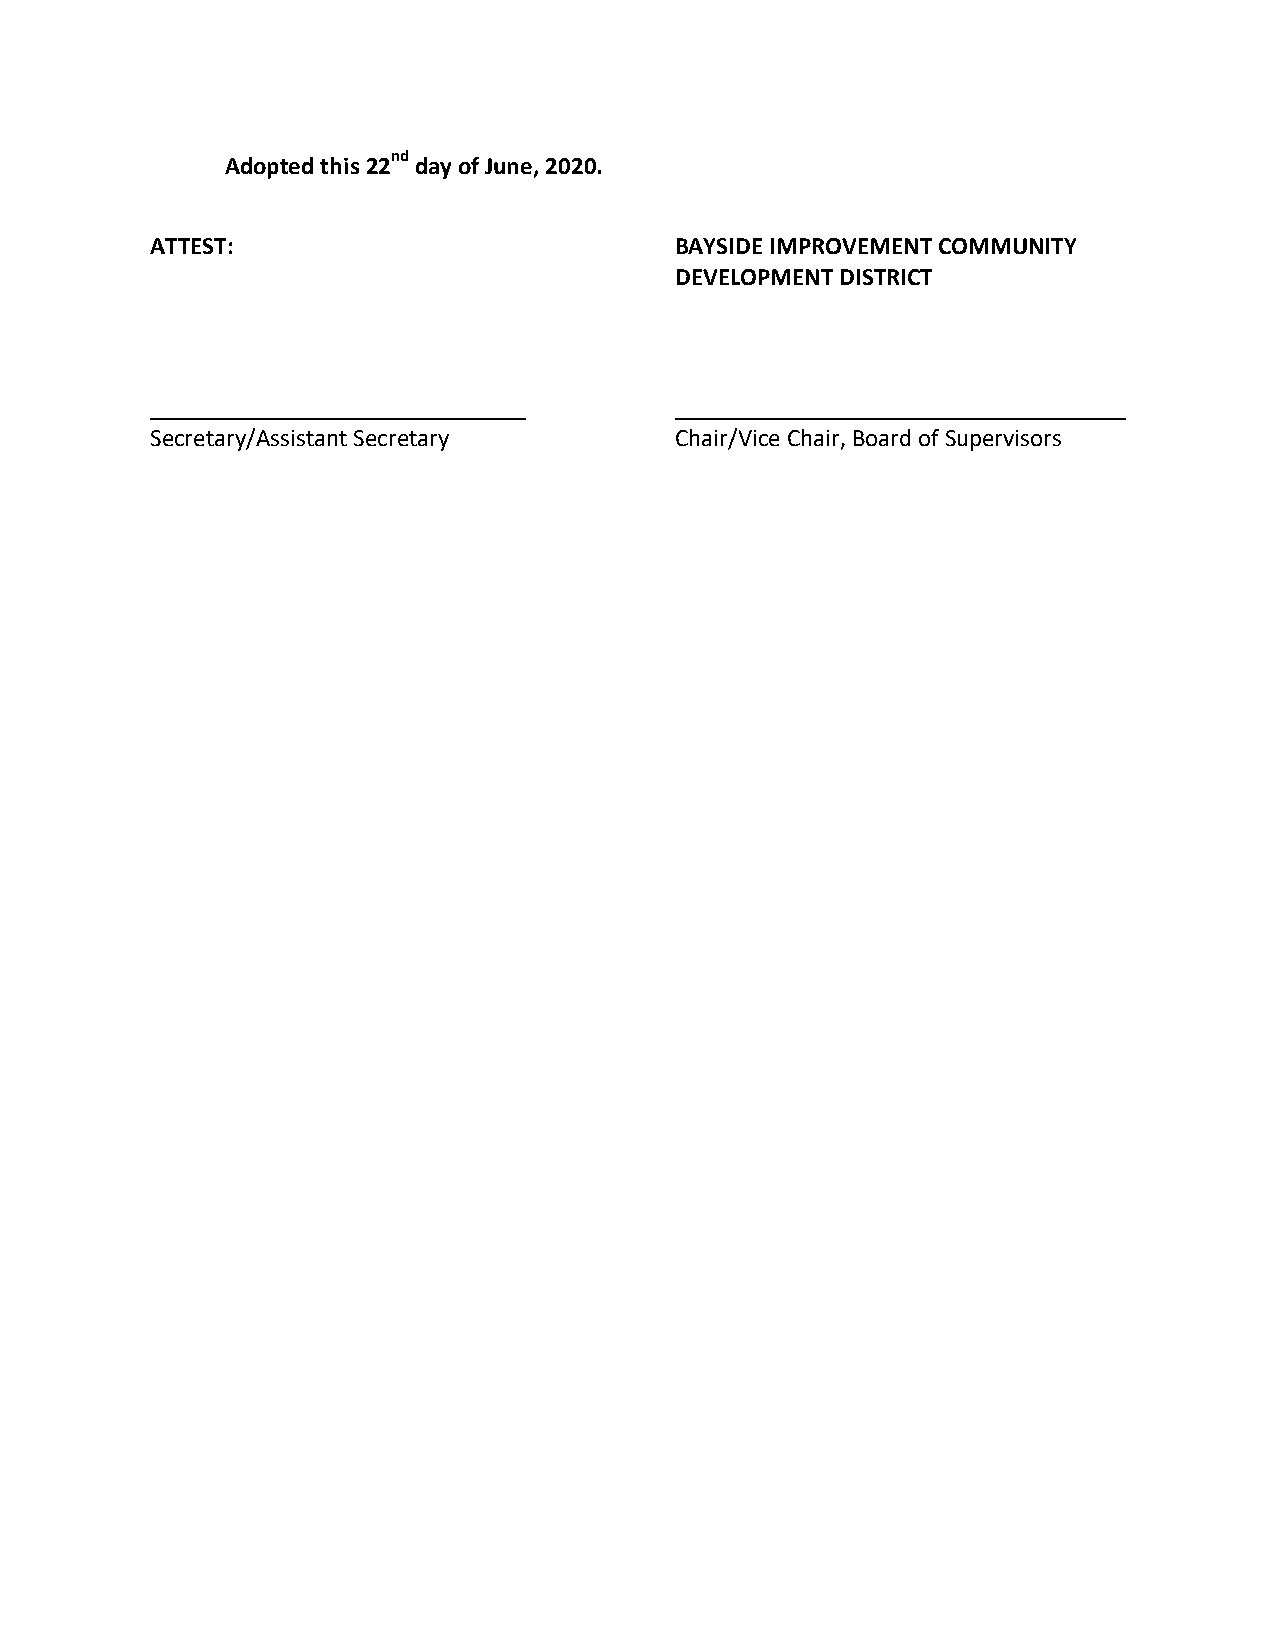
nd
 Adopted this 22 day of June, 2020.
 ATTEST:                            BAYSIDE IMPROVEMENT COMMUNITY
 DEVELOPMENT DISTRICT
 Secretary/Assistant Secretary      Chair/Vice Chair, Board of Supervisors